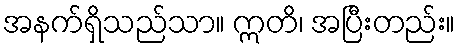
အနက်ရှိသည်သာ။ ဣတိ၊ အပြီးတည်း။